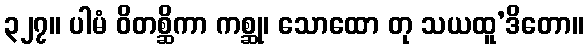
၃၂၇။ ပါမံ ဝိတစ္ဆိကာ ကစ္ဆု၊ သောထော တု သယထူ’ဒိတော။